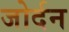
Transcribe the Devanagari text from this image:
जोर्दन